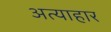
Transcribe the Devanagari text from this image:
अत्याहार